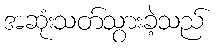
အဆုံးသတ်သွားခဲ့သည်